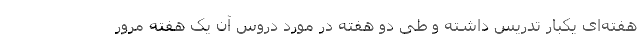
هفته‌ای یکبار تدریس داشته و طی دو هفته در مورد دروس آن یک هفته مرور